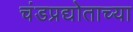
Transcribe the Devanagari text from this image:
चंडप्रद्योताच्या